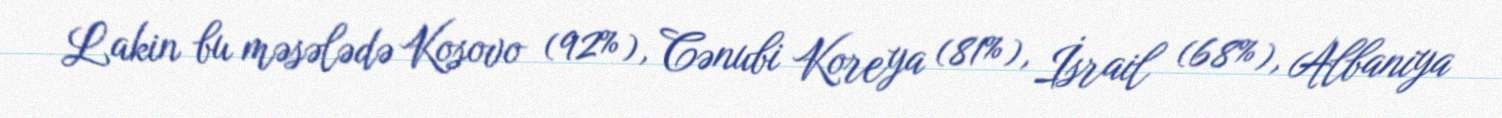
Lakin bu məsələdə Kosovo (92%), Cənubi Koreya (81%), İsrail (68%), Albaniya